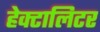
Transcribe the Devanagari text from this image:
हेक्टालिटर